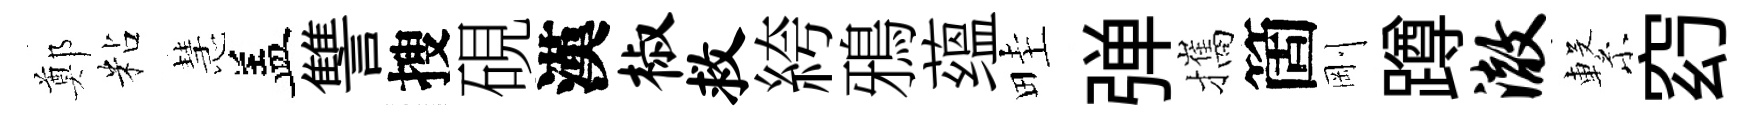
鄭粘慧盖讐搜硯漢椒救絝鴉蕴畦弹攜箇剛蹲澈繋𥥆